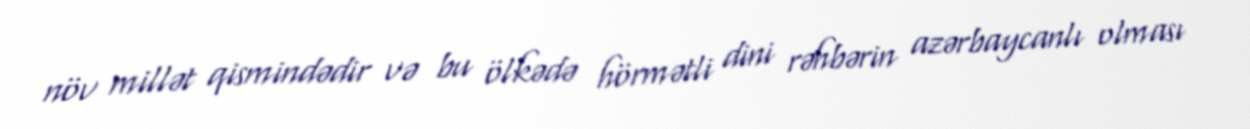
növ millət qismindədir və bu ölkədə hörmətli dini rəhbərin azərbaycanlı olması